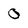
Character: O